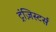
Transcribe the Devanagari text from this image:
ट्रंज़िस्टर्स